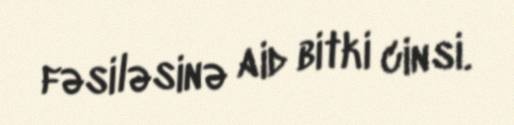
fəsiləsinə aid bitki cinsi.